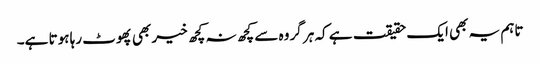
تاہم یہ بھی ایک حقیقت ہے کہ ہر گروہ سے کچھ نہ کچھ خیر بھی پھوٹ رہا ہوتا ہے۔